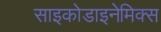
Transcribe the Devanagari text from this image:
साइकोडाइनेमिक्स